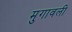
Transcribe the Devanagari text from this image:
मुगावली